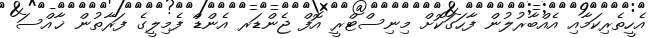
އެހީތެރިކަމާއި އެއްބާރުލުން ފާހަގަކޮށް މިނިސްޓްރީ އޮފް ޖެންޑަރ އެންޑް ފެމިލީގެ ފަރާތުން ޚާއްސަ